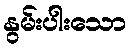
နွမ်းပါးသော